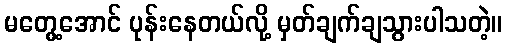
မတွေ့အောင် ပုန်းနေတယ်လို့ မှတ်ချက်ချသွားပါသတဲ့။